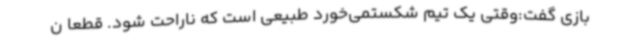
بازی گفت:وقتی یک تیم شکستمی‌خورد طبیعی است که ناراحت ‌شود. قطعا ن